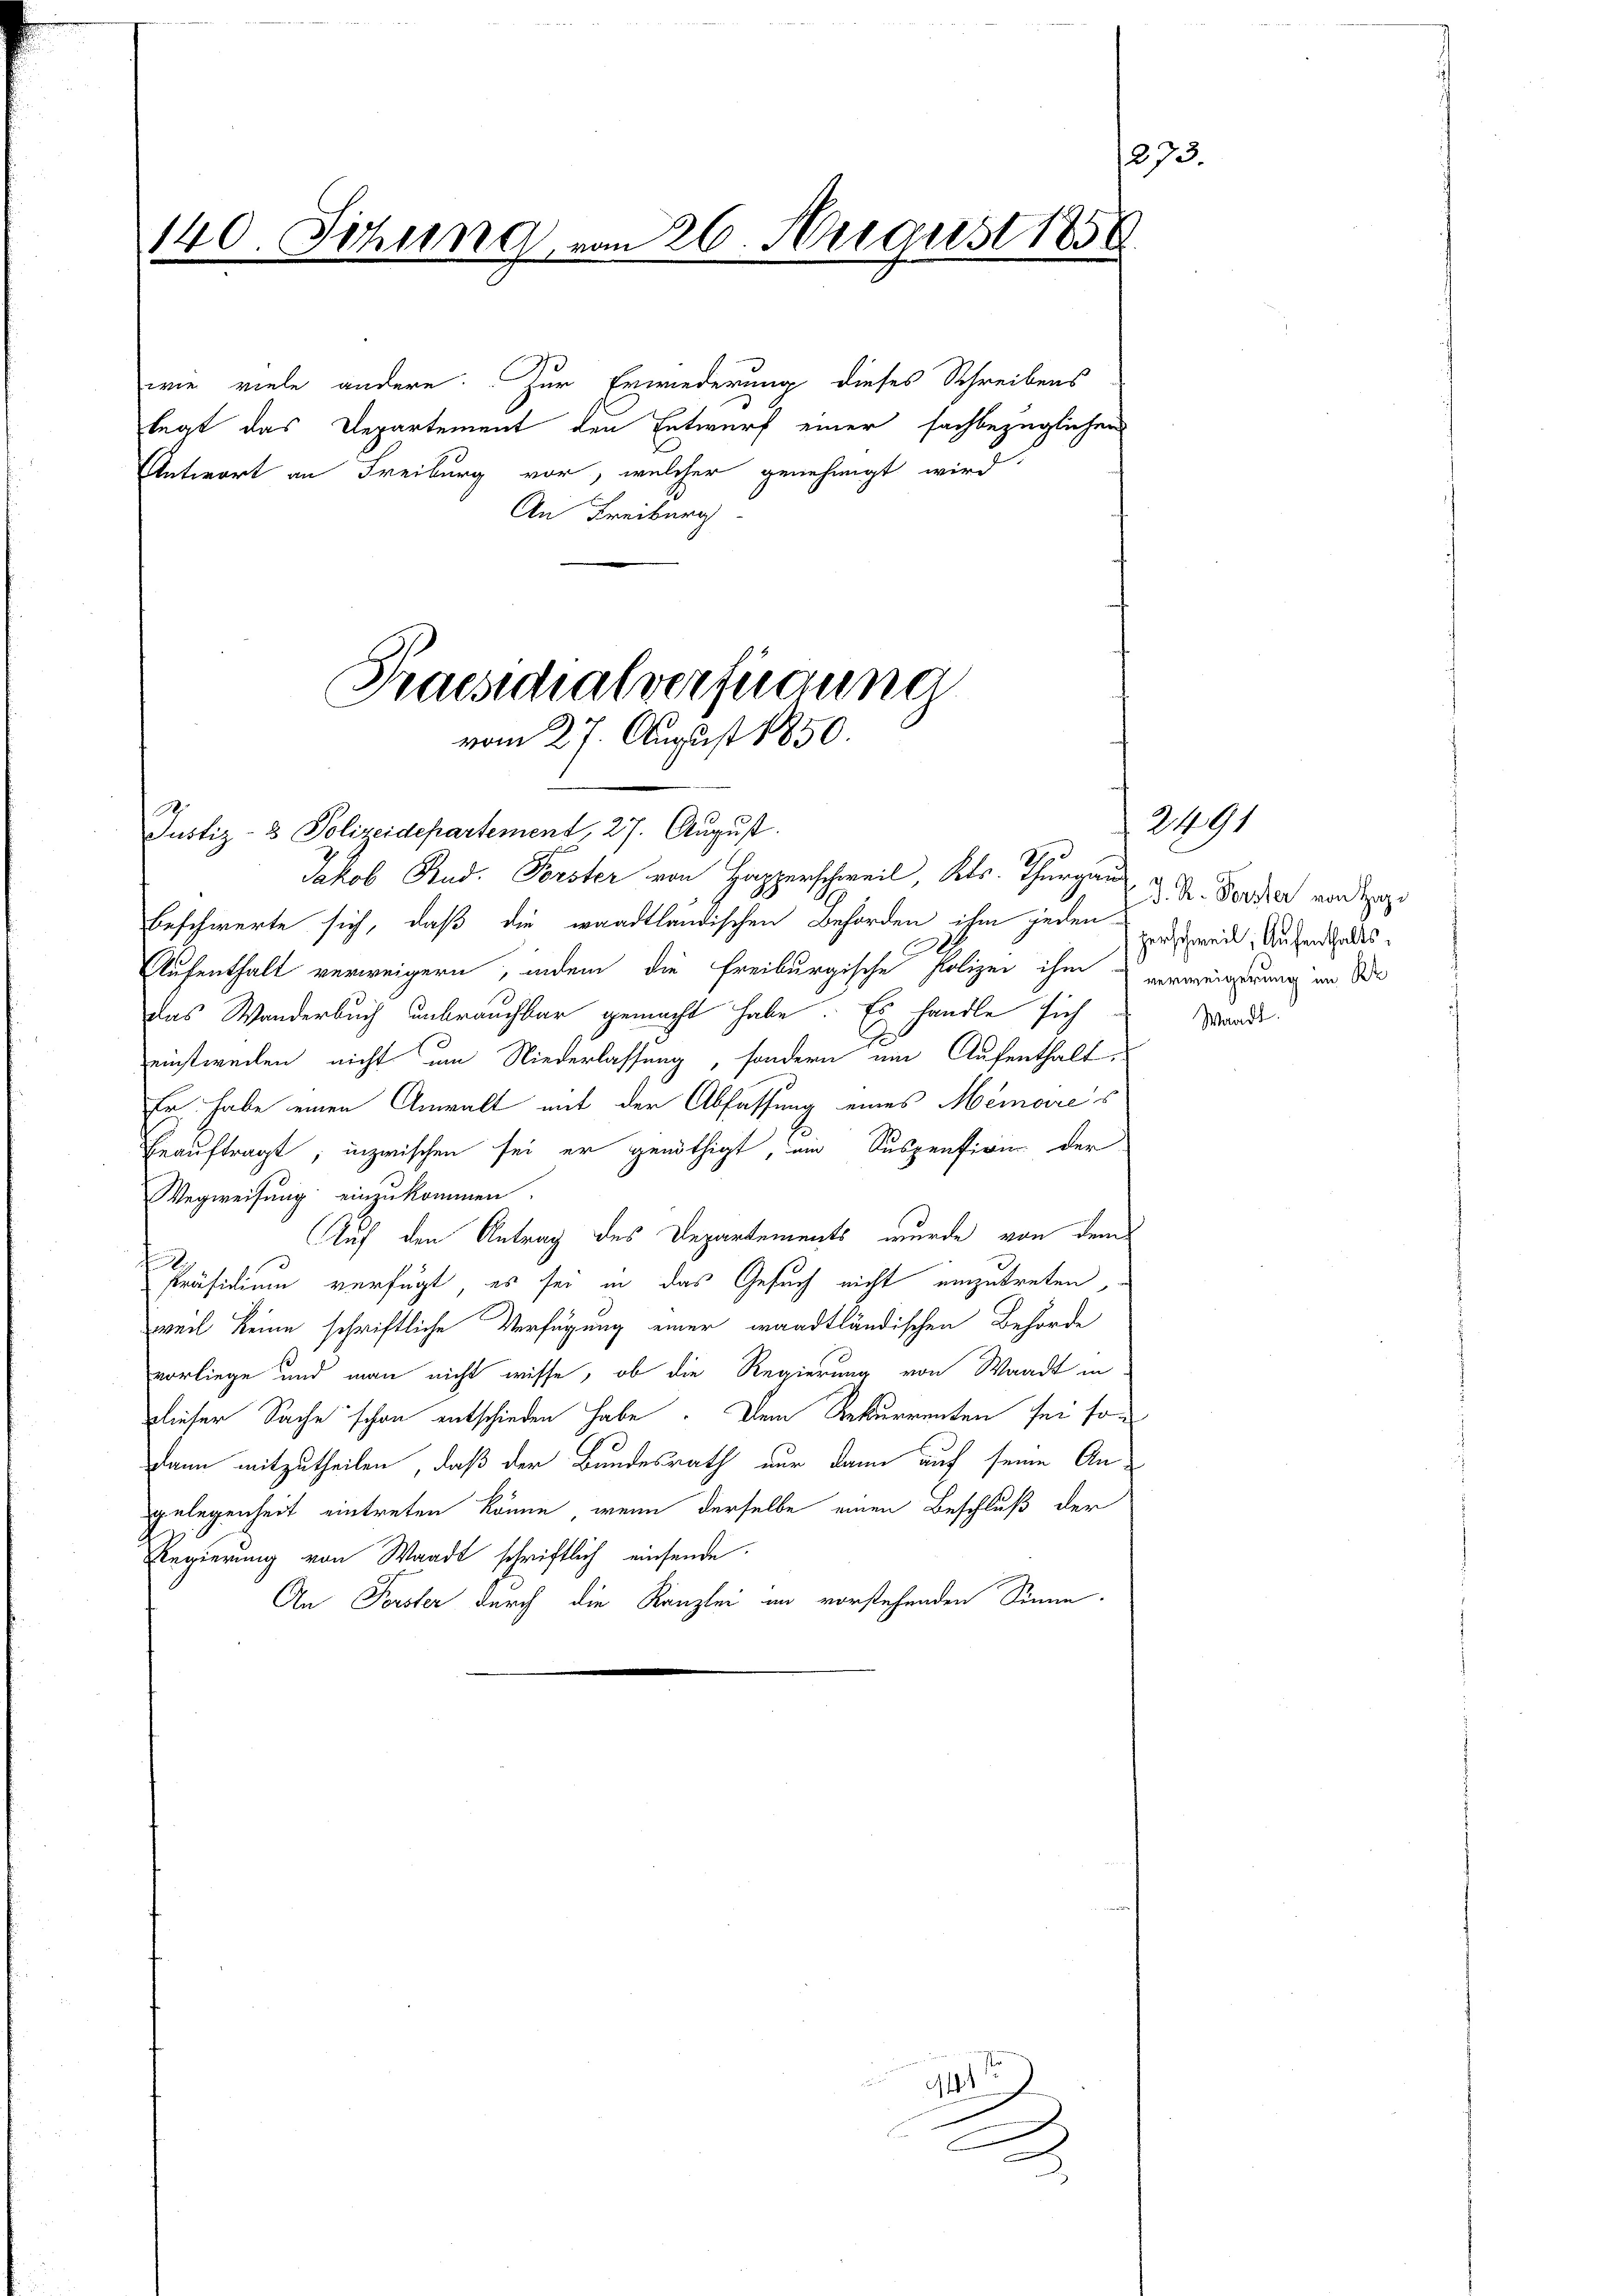
140. Sitzung von 26. August 1850

wie viele andere. Zur Erwiederung dieses Schreibens
legt das Departement den Entwurf einer sachbezüglichen
Antwort an Freiburg vor, welcher genehmigt wird
An Freiburg

Jakob Rud. Forster von Hopperschweil, Kts. Thurgau
beschwerte sich, daß die waadtländischen Behörden ihm jeden-
Aufenthalt verweigern, indem die Freiburgische Polizei ihm verweignung im Be
das Wanderbuch unbrauchbar gemacht habe. Es handle sich
einstweilen nicht um Niederlassung, sondern ein Aufenthalt
Er habe einen Anwalt mit der Abfassung eines Memores
Beauftragt; inzwischen sei er genöthigt, ein Suspension der
Wegweisung einzukommen.
Auf den Antrag des Departements wurde von dem
d
Präsidium verfügt, es sei in das Gesuch nicht einzutreten,
weil keine schriftliche Verfügung einer waadtländischen Behörde
vorliege und man nicht wisse, ob die Regierung von Waadt in
dieser Sache schon entschieden habe. Dem Rekurrenten sei sodann mitzutheilen, daß der Bundesrath nur dann auf seine An-
gelegenheit eintreten könne, wenn derselbe einen Beschluß der
Regierung von Waadt schriftlich einsende.
An Forster durch die Kanzlei im vorstehenden Sinne.

Praesidialverfügung
vom 27. August 1850.
Justiz- & Polizeidepartement, 27. August.

d

3
E
B

273.

J. R. Forster von Ho
herschweil, Aufenthalts¬

2491

Waadt.